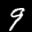
Label: 9